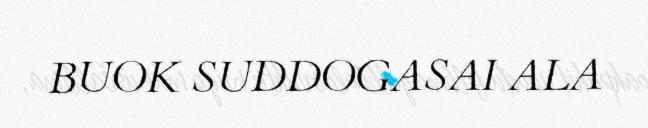
BUOK SUDDOGASAI ALA